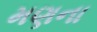
મણના